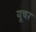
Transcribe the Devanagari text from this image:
यूचर